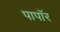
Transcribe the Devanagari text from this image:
पापॉर